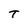
Character: T